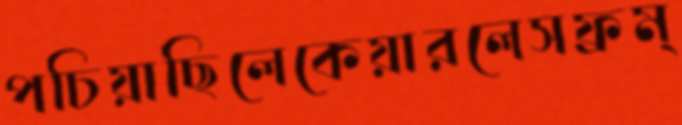
পচিয়াছিলেকেয়ারলেসফ্রম্